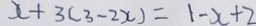
x + 3 ( 3 - 2 x ) = 1 - x + 2